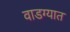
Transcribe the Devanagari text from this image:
वाडग्यात